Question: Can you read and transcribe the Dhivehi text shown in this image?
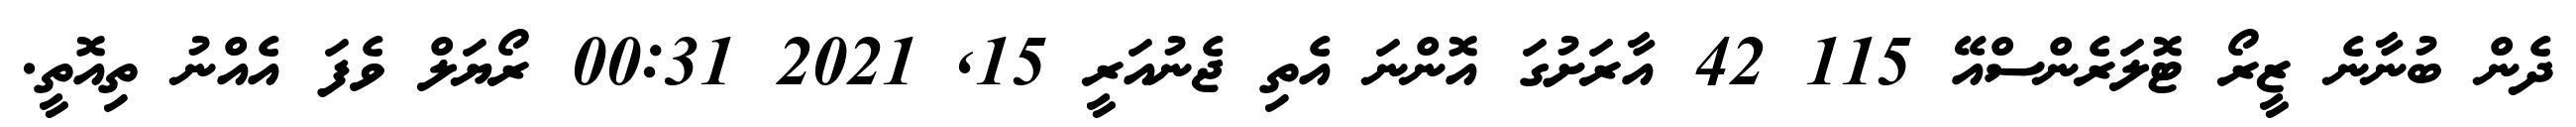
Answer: ދެން ބުނާނެ ޒީރޯ ޓޮލަރެންސްއޭ 115 42 އާރަށުގަ އޮންނަ އެތި ޖެނުއަރީ 15, 2021 00:31 ރޯޔަލް ވެފަ އެއްނު ތިއޮތީ.